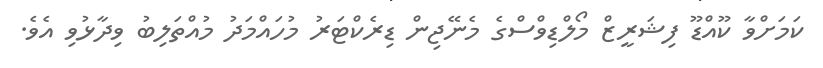
ކަމަށްވާ ކޫއްޑޫ ފިޝަރީޒް މޯލްޑިވްސްގެ މެނޭޖިން ޑިރެކްޓަރު މުހައްމަދު މުއްތަލިބު ވިދާޅުވި އެވެ.